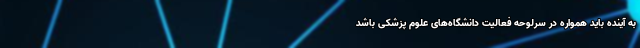
به آینده باید همواره در سرلوحه فعالیت‌ دانشگاه‌های علوم پزشکی باشد